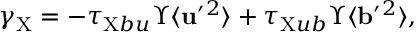
\gamma _ { \mathrm { { X } } } = - \tau _ { \mathrm { { X } } b u } \Upsilon \langle { { \bf { u } } ^ { \prime } { } ^ { 2 } } \rangle + \tau _ { \mathrm { { X } } u b } \Upsilon \langle { { \bf { b } } ^ { \prime } { } ^ { 2 } } \rangle ,